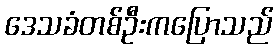
ဒေသခံတစ်ဦးကပြောသည်